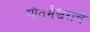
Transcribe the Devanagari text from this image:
गौतमेश्वराचे